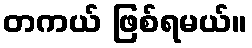
တကယ် ဖြစ်ရမယ်။